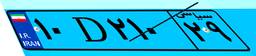
۱۰D۲۱۰۲۹